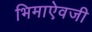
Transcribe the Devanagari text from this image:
भिमाऐवजी